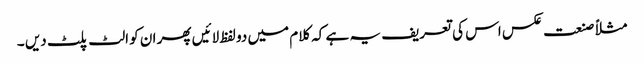
مثلاً صنعت عکس اس کی تعریف یہ ہے کہ کلام میں دو لفظ لائیں پھر ان کو الٹ پلٹ دیں ۔